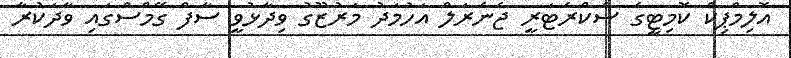
އޮލިމްޕިކް ކޮމިޓީގެ ސެކްރެޓަރީ ޖެނެރަލް އަހުމަދު މަރުޒޫގު ވިދާޅުވީ ސާފް ގޭމްސްގައި ވާދަކުރާ